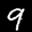
Label: 9